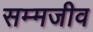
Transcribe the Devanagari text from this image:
सम्मजीव